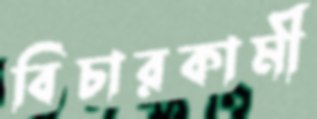
বিচারকামী